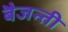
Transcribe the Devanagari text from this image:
बैजन्ती